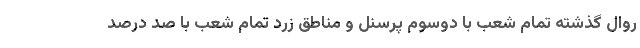
روال گذشته تمام شعب با دوسوم پرسنل و مناطق زرد تمام شعب با صد درصد